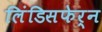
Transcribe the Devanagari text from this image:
लिंडिसफेर्न